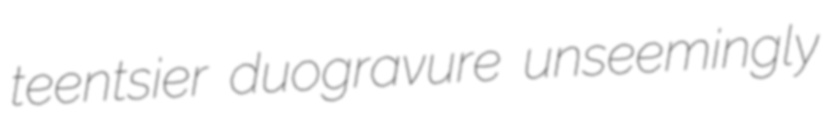
teentsier duogravure unseemingly